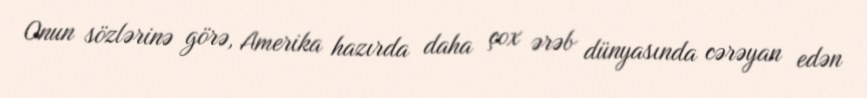
Onun sözlərinə görə, Amerika hazırda daha çox ərəb dünyasında cərəyan edən